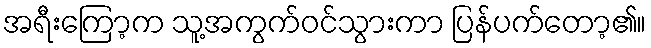
အရီးကြော့က သူ့အကွက်ဝင်သွားကာ ပြန်ပက်တော့၏။